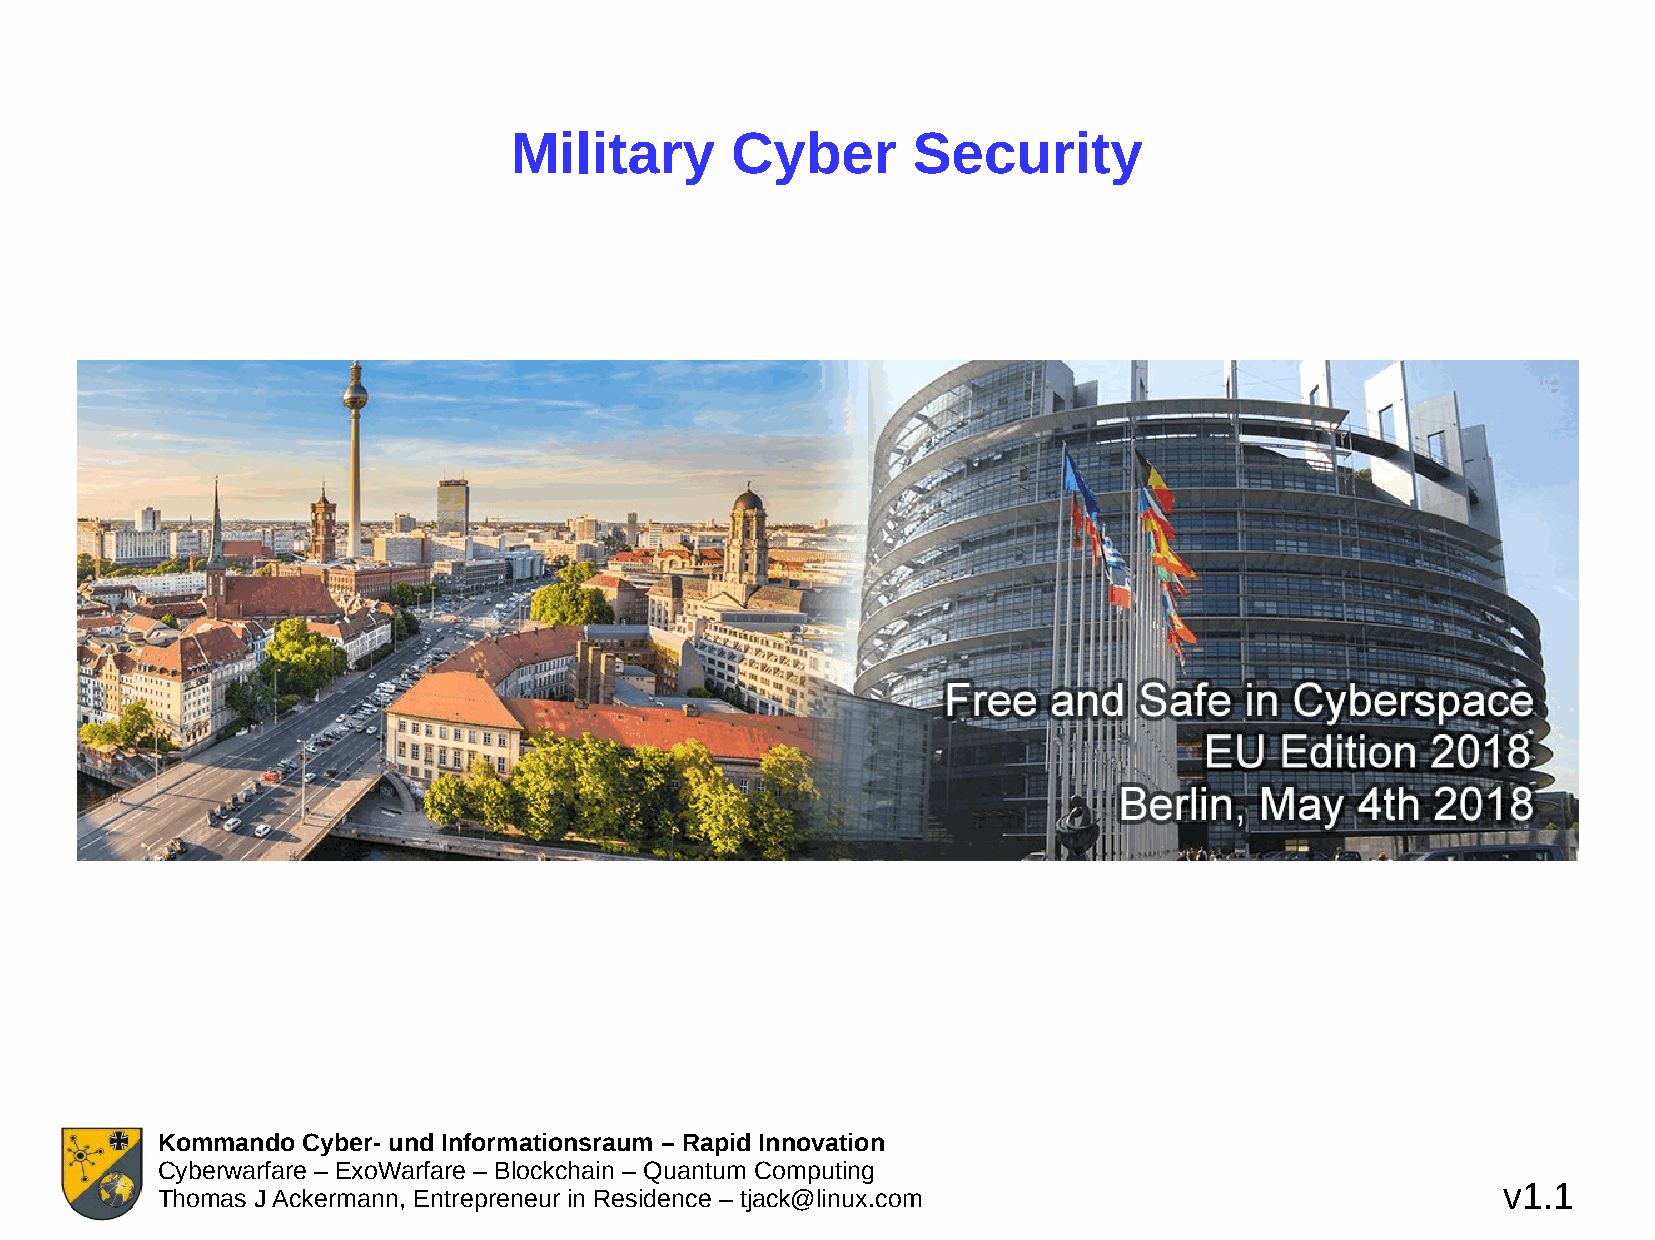
Military      Cyber       Security
 Kommando  Cyber- und Informationsraum – Rapid Innovation
 Cyberwarfare – ExoWarfare – Blockchain – Quantum Computing
 v1.1
 Thomas J Ackermann, Entrepreneur in Residence – tjack@linux.com